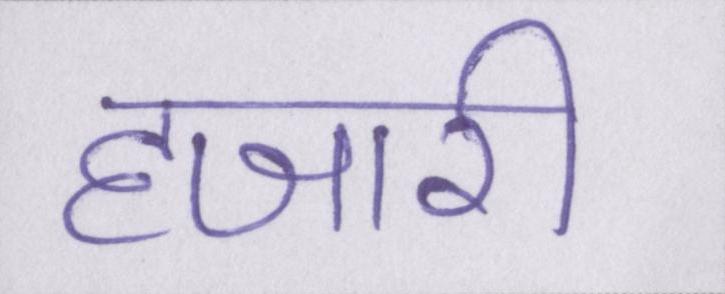
हजारी